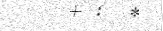
٢